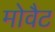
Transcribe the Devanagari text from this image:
मोवैट